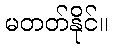
မတတ်နိုင်။